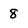
Character: 8